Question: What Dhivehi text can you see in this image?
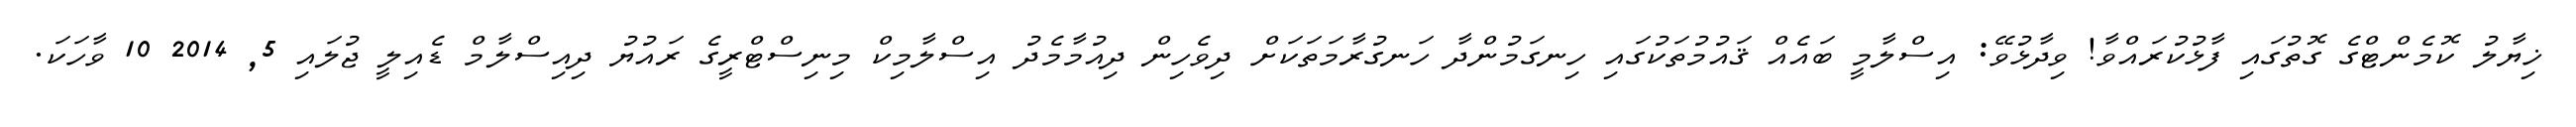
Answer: ޚިޔާލު ކޮމެންޓްގެ ގޮތުގައި ފާޅުކުރައްވާ! ވިދާޅުވޭ: އިސްލާމީ ބައެއް ޤައުމުތަކުގައި ހިނގަމުންދާ ހަނގުރާމަތަކަށް ދިވެހިން ދިއުމާމެދު އިސްލާމިކް މިނިސްޓްރީގެ ރައުޔު ދިއިސްލާމް ޑެއިލީ ޖުލައި 5, 2014 10 ވާހަކަ.